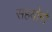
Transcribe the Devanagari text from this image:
सहयोगो